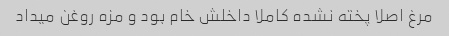
مرغ اصلا پخته نشده کاملا داخلش خام بود و مزه روغن میداد